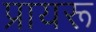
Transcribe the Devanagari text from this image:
प्रायरू